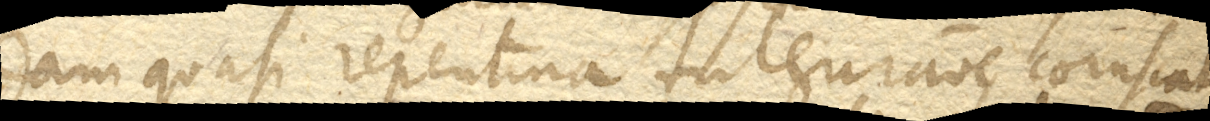
dam quasi repentina fulguratione coruscat.